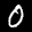
Label: 0